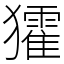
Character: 㺢